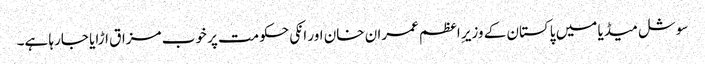
سوشل میڈیا میں پاکستان کے وزیرِ اعظم عمران خان اور انکی حکومت پر خوب مزاق اڑایا جارہا ہے۔